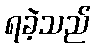
ရခဲ့သည်